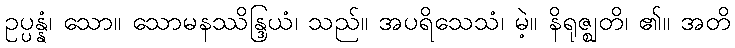
ဥပ္ပန္နံ၊ သော။ သောမနဿိန္ဒြယံ၊ သည်။ အပရိသေသံ၊ မဲ့။ နိရုဇ္ဈတိ၊ ၏။ အတိ